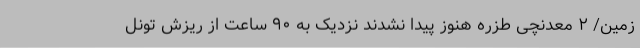
زمین/ ۲ معدنچی طزره هنوز پیدا نشدند نزدیک به ۹۰ ساعت از ریزش تونل